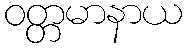
ဝတ္တမာနာယ